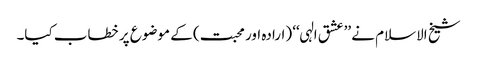
شیخ الاسلام نے ’’عشق الہی‘‘ (ارادہ اور محبت) کے موضوع پر خطاب کیا۔